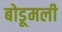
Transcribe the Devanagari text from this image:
बोडूमली